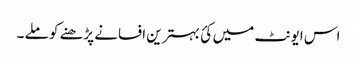
اس ایونٹ میں کئ بہترین افسانے پڑھنے کو ملے ۔